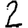
Digit: 2